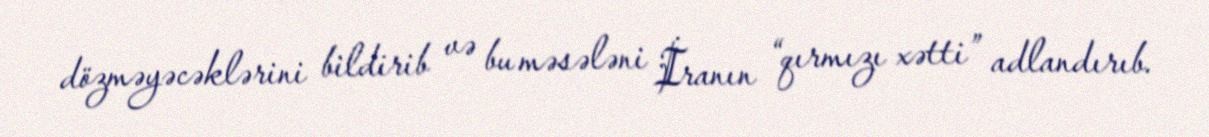
dözməyəcəklərini bildirib və bu məsələni İranın “qırmızı xətti” adlandırıb.